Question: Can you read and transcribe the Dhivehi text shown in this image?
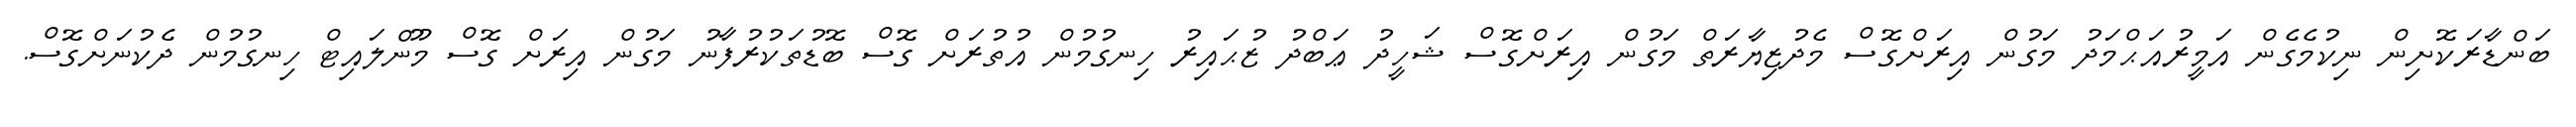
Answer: ބަންޑާރަކޮށިން ނިކުމެގެން އަމީރުއަޙްމަދު މަގުން އިރަށްގޮސް މެދުޒިޔާރަތް މަގުން އިރަށްގޮސް ޝަހީދު ޢަބްދު ޒުޙައިރު ހިނގުމުން އުތުރަށް ގޮސް ބޮޑުތަކުރުފާނު މަގުން އިރަށް ގޮސް މޫންލައިޓް ހިނގުމުން ދެކުނަށްގޮސް.